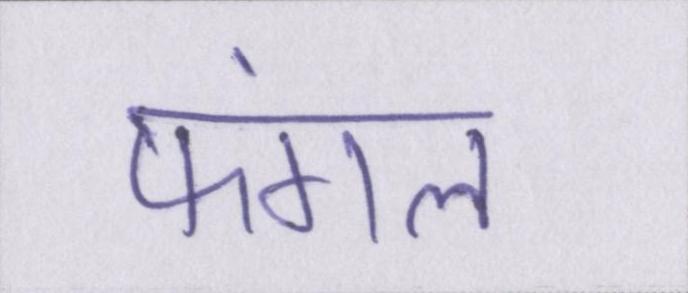
फंगल